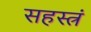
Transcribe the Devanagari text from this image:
सहस्त्रं